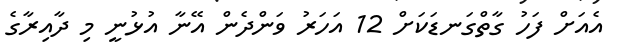
އެއަށް ފަހު ގާތްގަނޑަކަށް 12 އަހަރު ވަންދެން އޭނާ އުޅުނީ މި ދާއިރާގެ